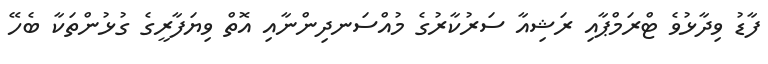
ފާޑު ވިދާޅުވެ ޓްރަމްޕާއި ރަޝިއާ ސަރުކާރުގެ މުއްސަނދިންނާއި އޮތް ވިޔަފާރީގެ ގުޅުންތަކާ ބެހޭ